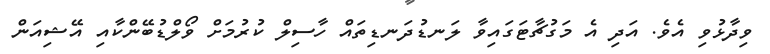
ވިދާޅުވި އެވެ. އަދި އެ މަގުޗާޓަގައިވާ ލަނޑުދަނޑިތައް ހާސިލް ކުރުމަށް ވޯލްޑުބޭންކާއި އޭޝިއަން